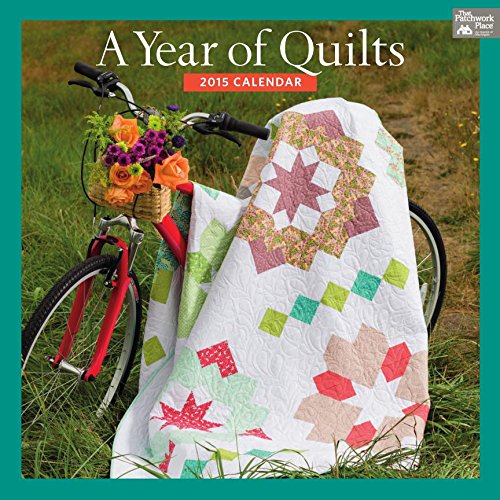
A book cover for A Year of Quilts 2015 Calendar; That Patchwork Place; Calendars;